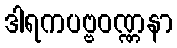
ဒါရကပဗ္ဗဝဏ္ဏနာ